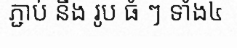
ភ្ជាប់ នឹង រូប ធំ ៗ ទាំង៤